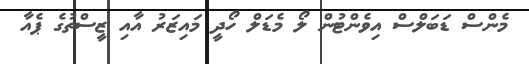
މެންސް ޑަބަލްސް އިވެންޓުން ލޯ މެޑަލް ހޯދީ މައިޒަރު އާއި ޒީސްތުގެ ޕެއާ